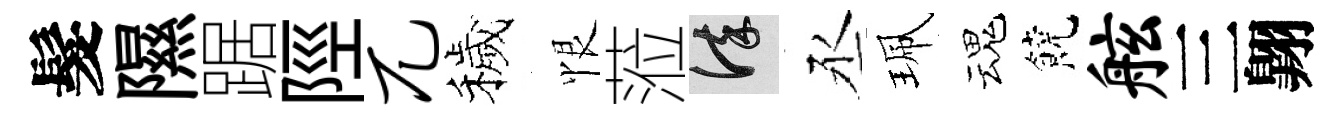
髮隰踞陘兀穢恨蒞謹丞珮魂饒舷三翺